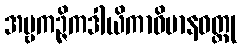
အမ္ဗကဉ္ဇိကဒါယိကာဝိမာနဝတ္ထု